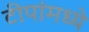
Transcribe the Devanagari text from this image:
टीपांमध्ये